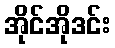
အိုင်အိုဒင်း